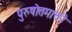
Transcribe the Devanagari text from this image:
पुरुषोत्तमाची